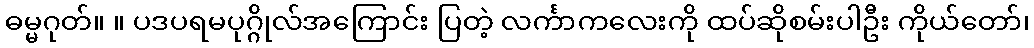
ဓမ္မဂုတ်။ ။ ပဒပရမပုဂ္ဂိုလ်အကြောင်း ပြတဲ့ လင်္ကာကလေးကို ထပ်ဆိုစမ်းပါဦး ကိုယ်တော်၊